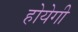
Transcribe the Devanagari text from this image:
होयेगी